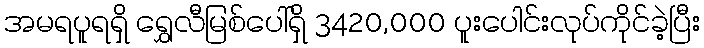
အမရပူရရှိ ရွှေလီမြစ်ပေါ်ရှိ 3420,000 ပူးပေါင်းလုပ်ကိုင်ခဲ့ပြီး